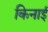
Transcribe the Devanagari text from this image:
किनाई